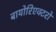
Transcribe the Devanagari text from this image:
बायोरिएक्टरों